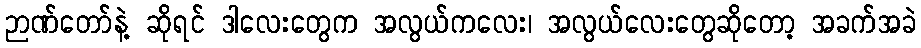
ဉာဏ်တော်နဲ့ ဆိုရင် ဒါလေးတွေက အလွယ်ကလေး၊ အလွယ်လေးတွေဆိုတော့ အခက်အခဲ